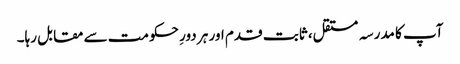
آپ کا مدرسہ مستقل، ثابت قدم اور ہر دورِ حکومت سے مقابل رہا۔